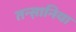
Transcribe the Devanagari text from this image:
तन्स़ानिया